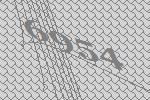
6954